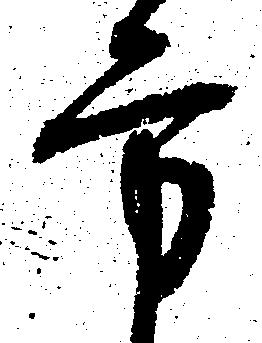
方